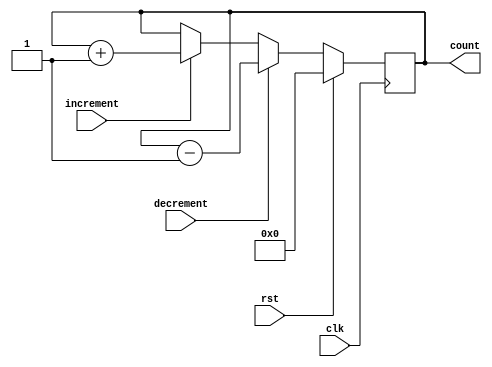
module counter(
    input clk,
    input rst,
    input increment,
    input decrement,
    output reg [3:0] count
);

always @(posedge clk) begin
    if (rst) begin
        count <= 4'b0000; //Initialize count to 0
    end else begin
        if (increment) begin
            count <= count + 1; //Increment count by 1
        end
        if (decrement) begin
            count <= count - 1; //Decrement count by 1
        end
    end
end

endmodule